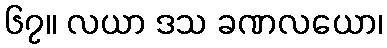
၆၇။ လယာ ဒသ ခဏလယော၊